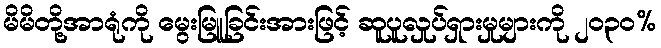
မိမိတို့အာရုံကို မွေးမြူခြင်းအားဖြင့် ဆူပူလှုပ်ရှားမှုများကို ၂၀၃၀%